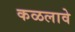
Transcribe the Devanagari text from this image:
कळलावे